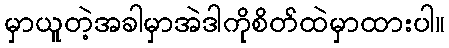
မှာယူတဲ့အခါမှာအဲဒါကိုစိတ်ထဲမှာထားပါ။